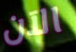
الآن